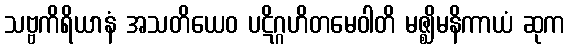
သဗ္ဗကိရိယာနံ အသတိယေဝ ပဋိဂ္ဂဟိတမေဝါတိ မဇ္ဈိမနိကာယံ ဆုက